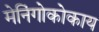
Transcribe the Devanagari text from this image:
मेनिंगोकोकाय